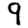
Digit: 9